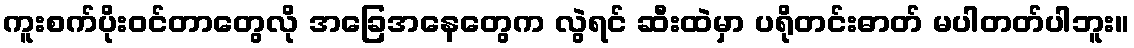
ကူးစက်ပိုးဝင်တာတွေလို အခြေအနေတွေက လွဲရင် ဆီးထဲမှာ ပရိုတင်းဓာတ် မပါတတ်ပါဘူး။